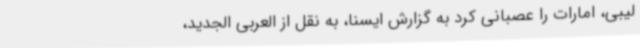
لیبی، امارات را عصبانی کرد به گزارش ایسنا، به نقل از العربی الجدید،